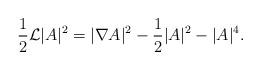
LaTeX: \begin{align*}\dfrac12\mathcal{L}|A|^2=|\nabla A|^2-\dfrac12|A|^2-|A|^4.\end{align*}